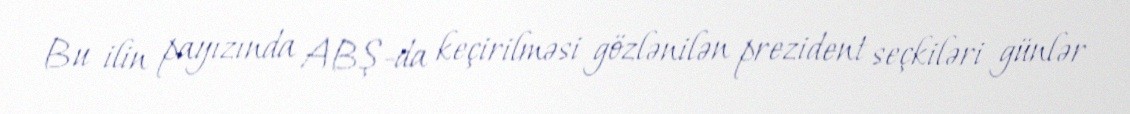
Bu ilin payızında ABŞ-da keçirilməsi gözlənilən prezident seçkiləri günlər